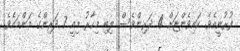
ފުރުނީއެވެ. ކައިވެންޏަށް 4 ދަރިންވެސް ލިބި މިހާރު މިއީ 7 ދަރިންގެ މަންމައެވެ.